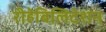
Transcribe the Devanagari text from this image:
रीहेबिलिटेशन